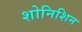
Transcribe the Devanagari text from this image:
शोनिशिन